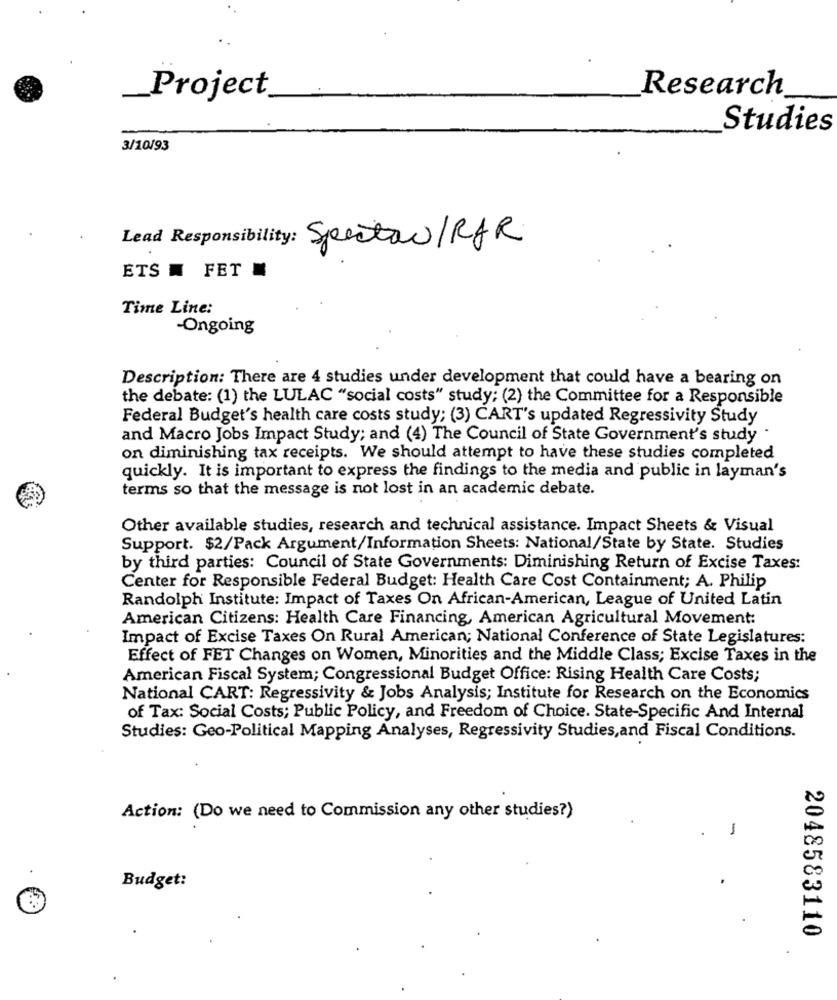
Research
Project
Studies
3/10193
Lead Responsibility: Specta/RAR
ETS FET
Time Line:
-Ongoing
Description: There are 4 studies under development that could have a bearing on
the debate: (1) the LULAC "social costs" study; (2) the Committee for a Responsible
Federal Budget's health care costs study; (3) CART's updated Regressivity Study
and Macro Jobs Impact Study; and (4) The Council of State Government's study
on diminishing tax receipts. We should attempt to have these studies completed
quickly. It is important to express the findings to the media and public in layman's
terms so that the message is not lost in an academic debate.
Other available studies, research and technical assistance. Impact Sheets & Visual
Support. $2/Pack Argument/Information Sheets: National/State by State. Studies
by third parties: Council of State Governments: Diminishing Return of Excise Taxes:
Center for Responsible Federal Budget: Health Care Cost Containment; A. Philip
Randolph Institute: Impact of Taxes On African-American, League of United Latin
American Citizens: Health Care Financing, American Agricultural Movement:
Impact of Excise Taxes On Rural American; National Conference of State Legislatures:
Effect of FET Changes on Women, Minorities and the Middle Class; Excise Taxes in the
American Fiscal System; Congressional Budget Office: Rising Health Care Costs;
National CART: Regressivity & Jobs Analysis; Institute for Research on the Economics
of Tax: Social Costs; Public Policy, and Freedom of Choice. State-Specific And Internal
Studies: Geo-Political Mapping Analyses, Regressivity Studies,and Fiscal Conditions.
Action: (Do we need to Commission any other studies?)
-
Budget:
2048583110